Vaike-Kopu_(Puiatu)_vallavalitsus, lk 21
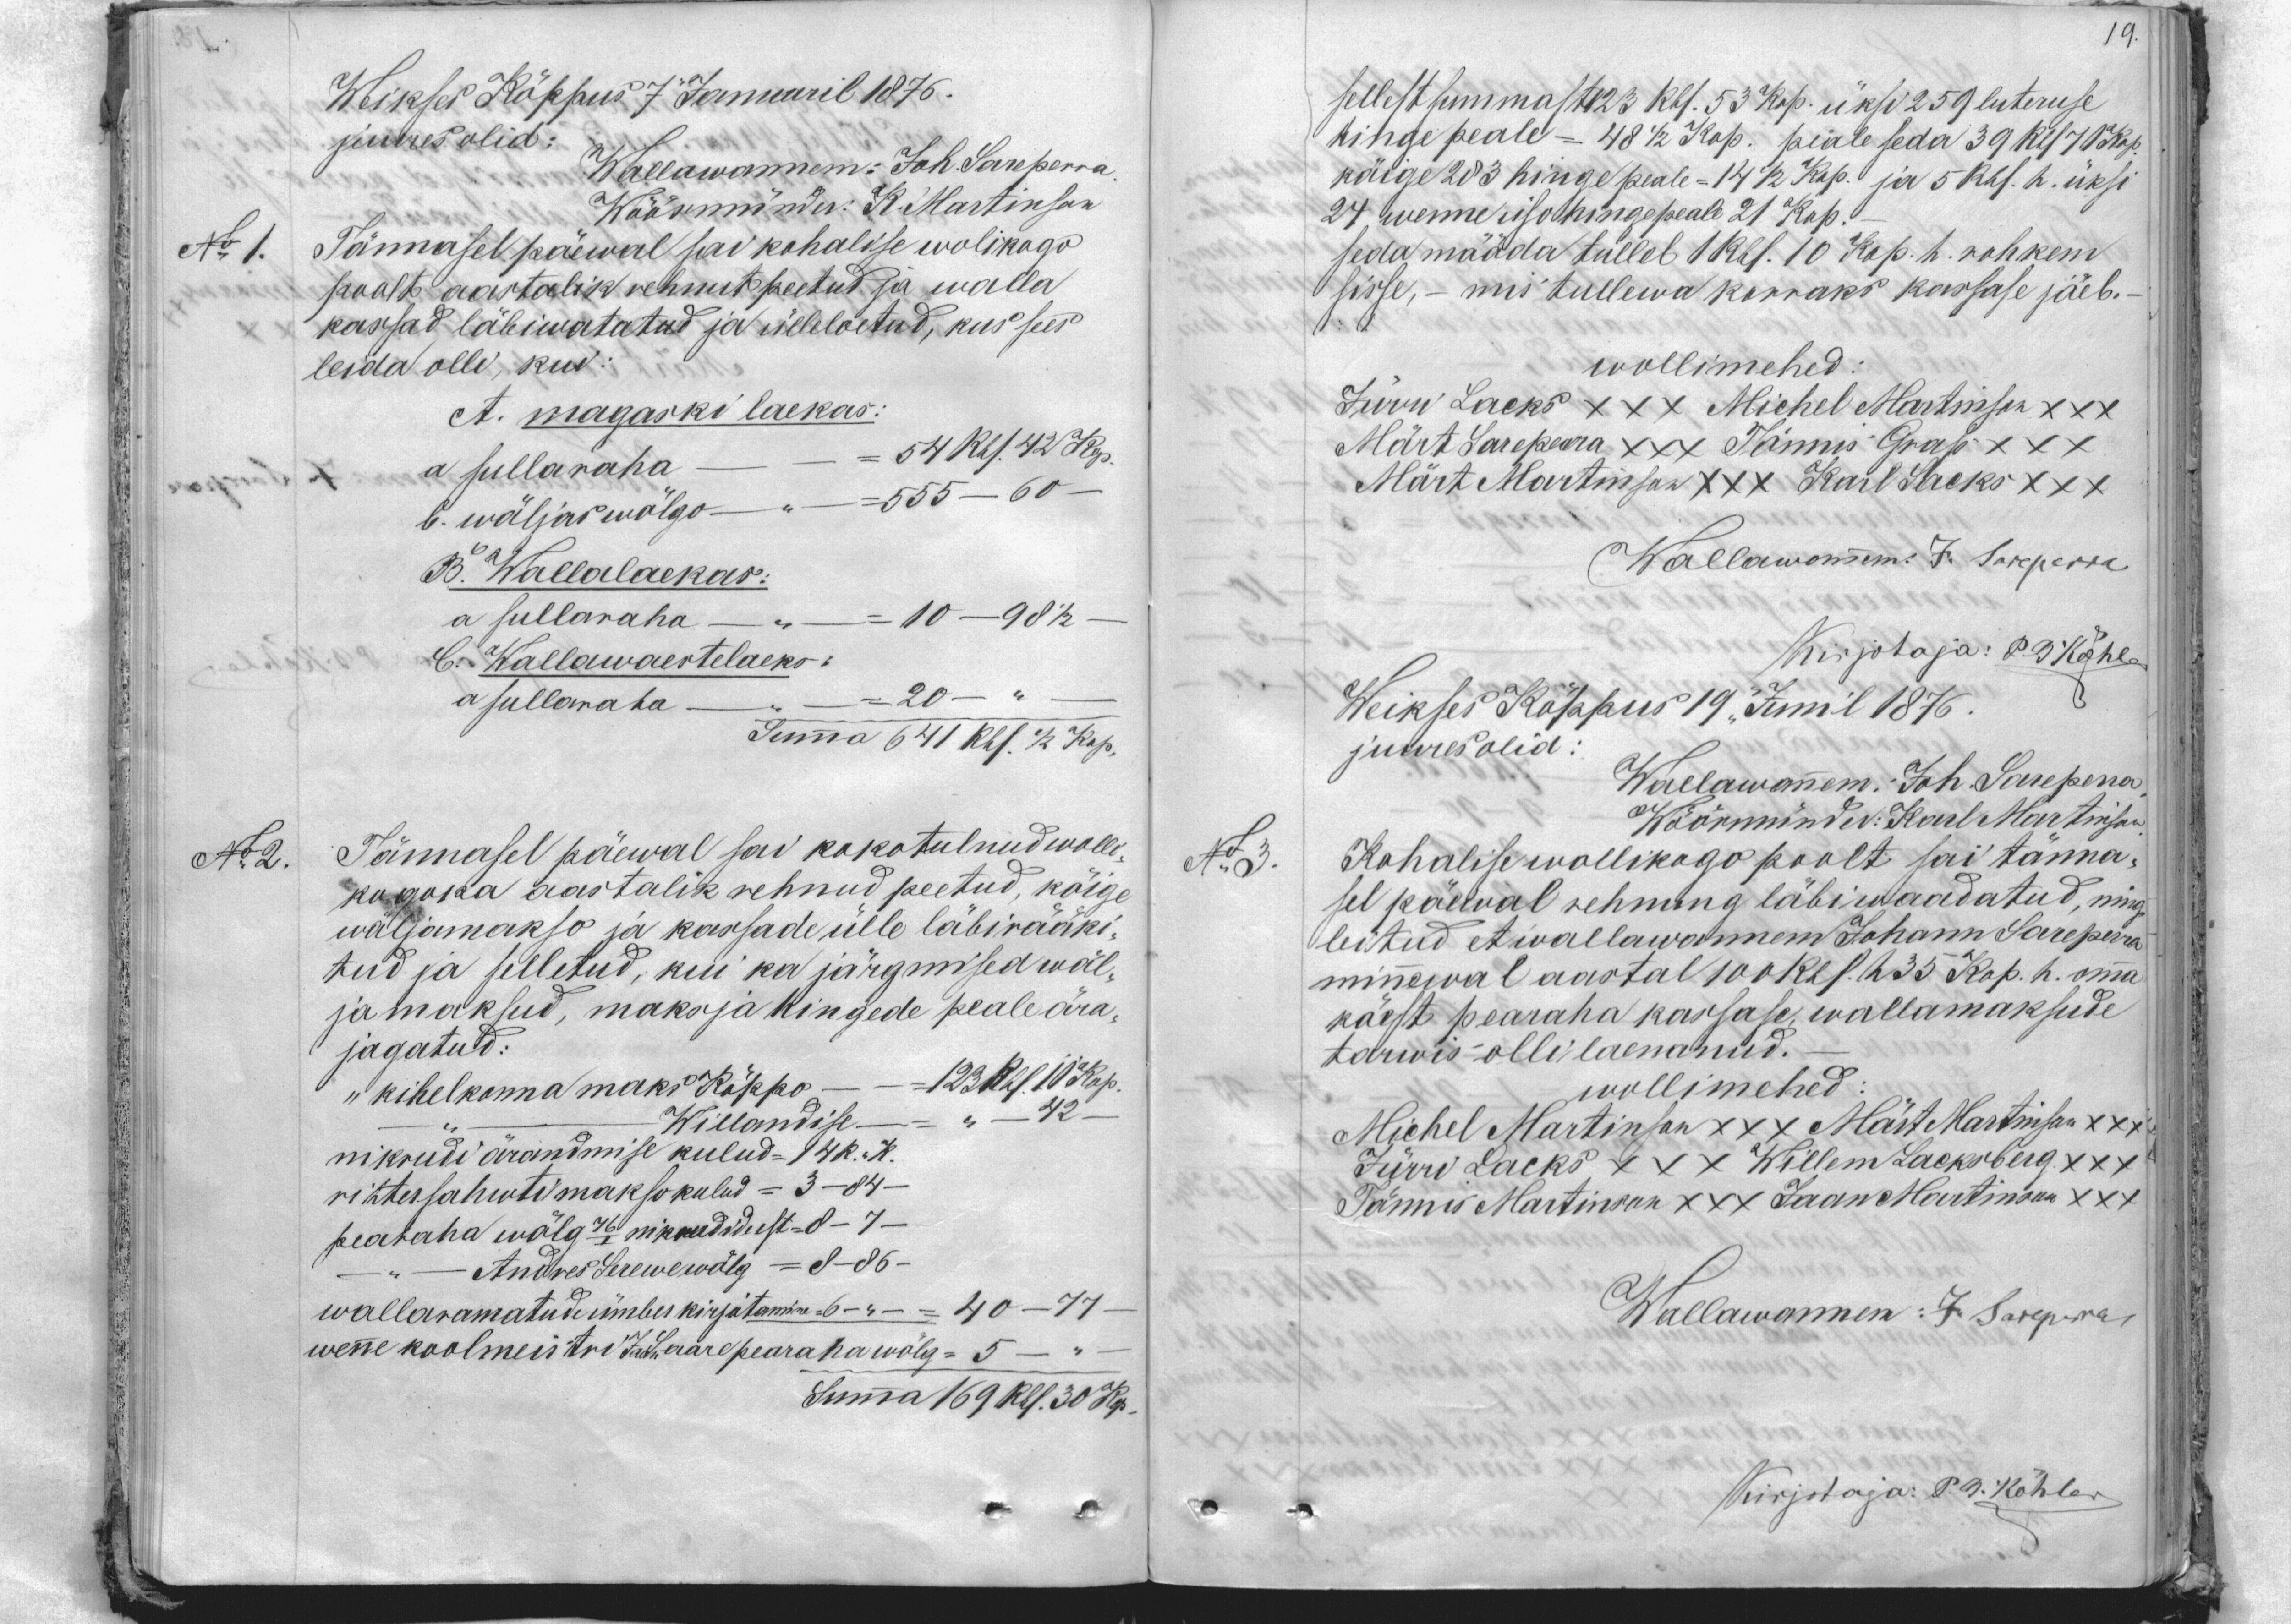
Weikses Köppus 7 Januaril 1876.
juures olid:
Wallawannem: Joh. Sareperra
Wöörmünder K Martinson
No 1.
Tännasel päewal sai kohalise wolikogo
poolt aastalik rehnut peetud ja walla
kassad läbiwatatud ja ülleloetud, kus sees
leida olli, kui:
A. magaski laekas:
a sullaraha 54 Rbl. 42 Rop.
b. wäljas walgo- 555- 60
B. Wallalaekas:
a sullaraha 10-  98 1/2
C. Wallawaestelaeks:
a sullaraha 20.
Summa 641 Rbl. 1/2 Kop.
No 2.
Tännasel päewal sai kokotulnud wolli
kogoka aastalik rehnud peetud, kõige
wäljamakso ja kassade ülle läbirääki-
tud ja selletud, kui ka järgmised wäl-
ja maksud, maksja kingede peale ära-
jagatud.
"kihelkonna maks on Kokko - - 123 Rbl. 10 kop.
Willandise - " - 42
nikrudi ärandmise kulud = 14R. - k.
rittersahwti makso kulud - = 3 - 84 -
pearaha wölg 76/II nikrudide est = 8- 7 -
Andres Serewe wölg -= 8 -86 -
wallaramatude ümber kirjutamine=6-"-  = 40-77
wenne koolmeistri Jaan Saare pearaha wölg -0  5
Summa 169 Rbl. 30 kop

19.
sellest summast 123 Rbl. 53 kop. üksi 259 luteruse
hinge peale = 48 1/2 kop. piale seda 39 Rbl 70 kop
köige 203 hinge peale = 14 1/2 Kop. ja 5 Rbl. h. üksi
24 wenne uso hinge peale 21 kop.
seda mööda tulleb 1 kop. h. rohkem
sisse, mis tullewa korraks kassase jäeb.
1.
wollimehed:
Jürri Lacks XXX Michel Martinson XXX
Märt Sareperra XXX Tönnis Grass XXX
Märt Martinson XXX Karl Lacks XXX
Wallawanem. J. Sareperra
Kirjotaja: P. B. Köhl
Weikses Kõppus 19. Junil 1876.
juures olid:
Wallawanem: Joh. Sareperra
N: 3.
Wöörmünder: Karl Martinson
Kohalise wollikogo poolt sai tänna-
sel päewal rehming läbiwaadatud, ning
leitud et wallawannem Johann Sareperra
minewal aastal 100 Rbl. h 35 kop. h. omma
käest pearaha kassase, wallamaksude
tarwis olli laenanud.
wollimehed
Michel Martinson XXX Märt Martinson xxx
Jürri Lacks XXX Willem Lacksberg XXX
Tönnis Martinson xxx Jaan Martinson XXX
Wallawannem: J. Sarpera
Kirjotaja: P. G. Kohler